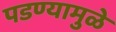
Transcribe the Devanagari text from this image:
पडण्यामुळे